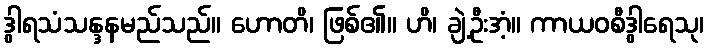
ဒွါရသံသန္ဒနမည်သည်။ ဟောတိ၊ ဖြစ်၏။ ဟိ၊ ချဲ့ဦးအံ့။ ကာယဝစီဒွါရေသု၊